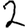
Digit: 2